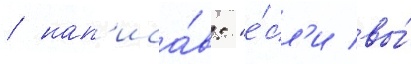
/ нап'иса́в: "е́сл'и вы́